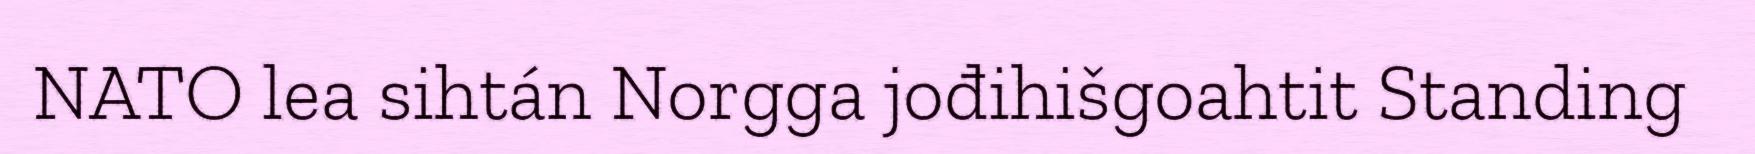
NATO lea sihtán Norgga jođihišgoahtit Standing